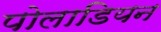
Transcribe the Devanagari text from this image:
पोलाडियन